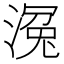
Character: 𣹠